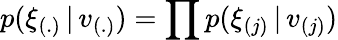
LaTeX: p(\xi_{(.)}\, |\, v_{(.)})=\prod p(\xi_{(j)}\, |\, v_{(j)})